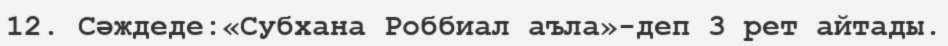
12. Сәждеде:«Субхана Роббиал аъла»-деп 3 рет айтады.